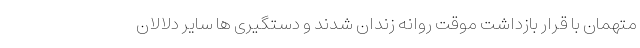
متهمان با قرار بازداشت موقت روانه زندان شدند و دستگیری ها سایر دلالان